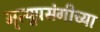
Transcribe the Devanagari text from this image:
मॄत्यूप्रसंगीच्या